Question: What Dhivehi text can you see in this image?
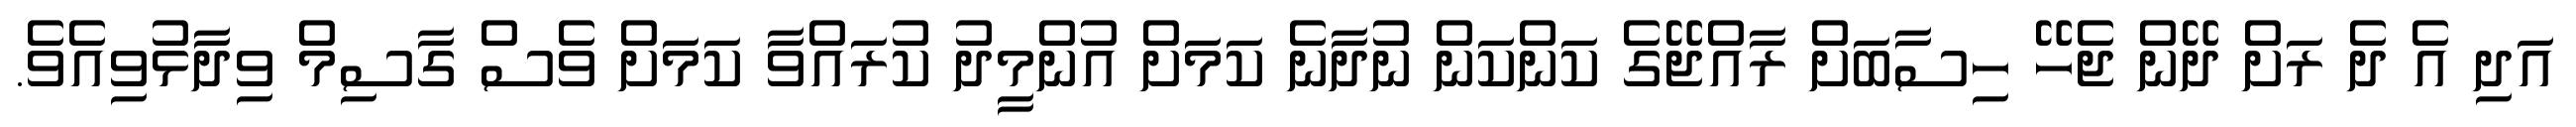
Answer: އަދި އެ ދެ ރަށް ދޭން ޖެހޭ ހިސާބަށް ރާއްޖޭގެ ކަންކަން ނުދާނެ ކަމަށް އުންމީދު ކުރައްވާ ކަމަށް ވެސް ގާސިމް ވިދާޅުވިއެވެ.